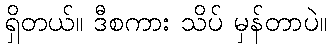
ရှိတယ်။ ဒီစကား သိပ် မှန်တာပဲ။